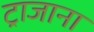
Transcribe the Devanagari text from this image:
ट्राजाना